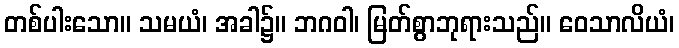
တစ်ပါးသော။ သမယံ၊ အခါ၌။ ဘဂဝါ၊ မြတ်စွာဘုရားသည်။ ဝေသာလိယံ၊